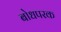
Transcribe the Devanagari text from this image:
बोधपरक